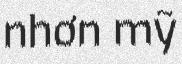
nhơn mỹ